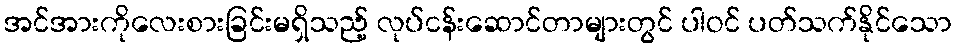
အင်အားကိုလေးစားခြင်းမရှိသည့် လုပ်ငန်းဆောင်တာများတွင် ပါဝင် ပတ်သက်နိုင်သော